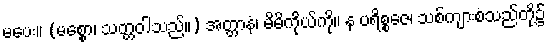
မပေး။ (မစ္စော၊ သတ္တဝါသည်။) အတ္တာနံ၊ မိမိကိုယ်ကို။ န ပရိစ္စဇေ၊ သစ်ကျားစသည်တို့၌